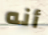
أنه